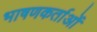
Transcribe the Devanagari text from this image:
भाषणकर्ताओं